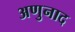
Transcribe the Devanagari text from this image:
अणुनाद